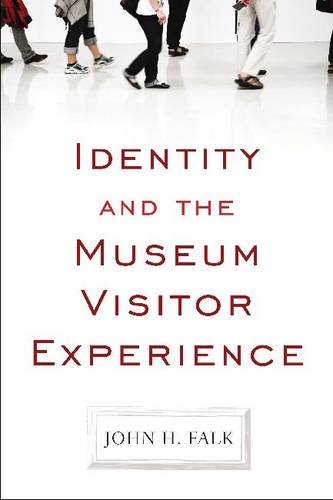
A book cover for Identity and the Museum Visitor Experience; John H Falk; Business & Money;